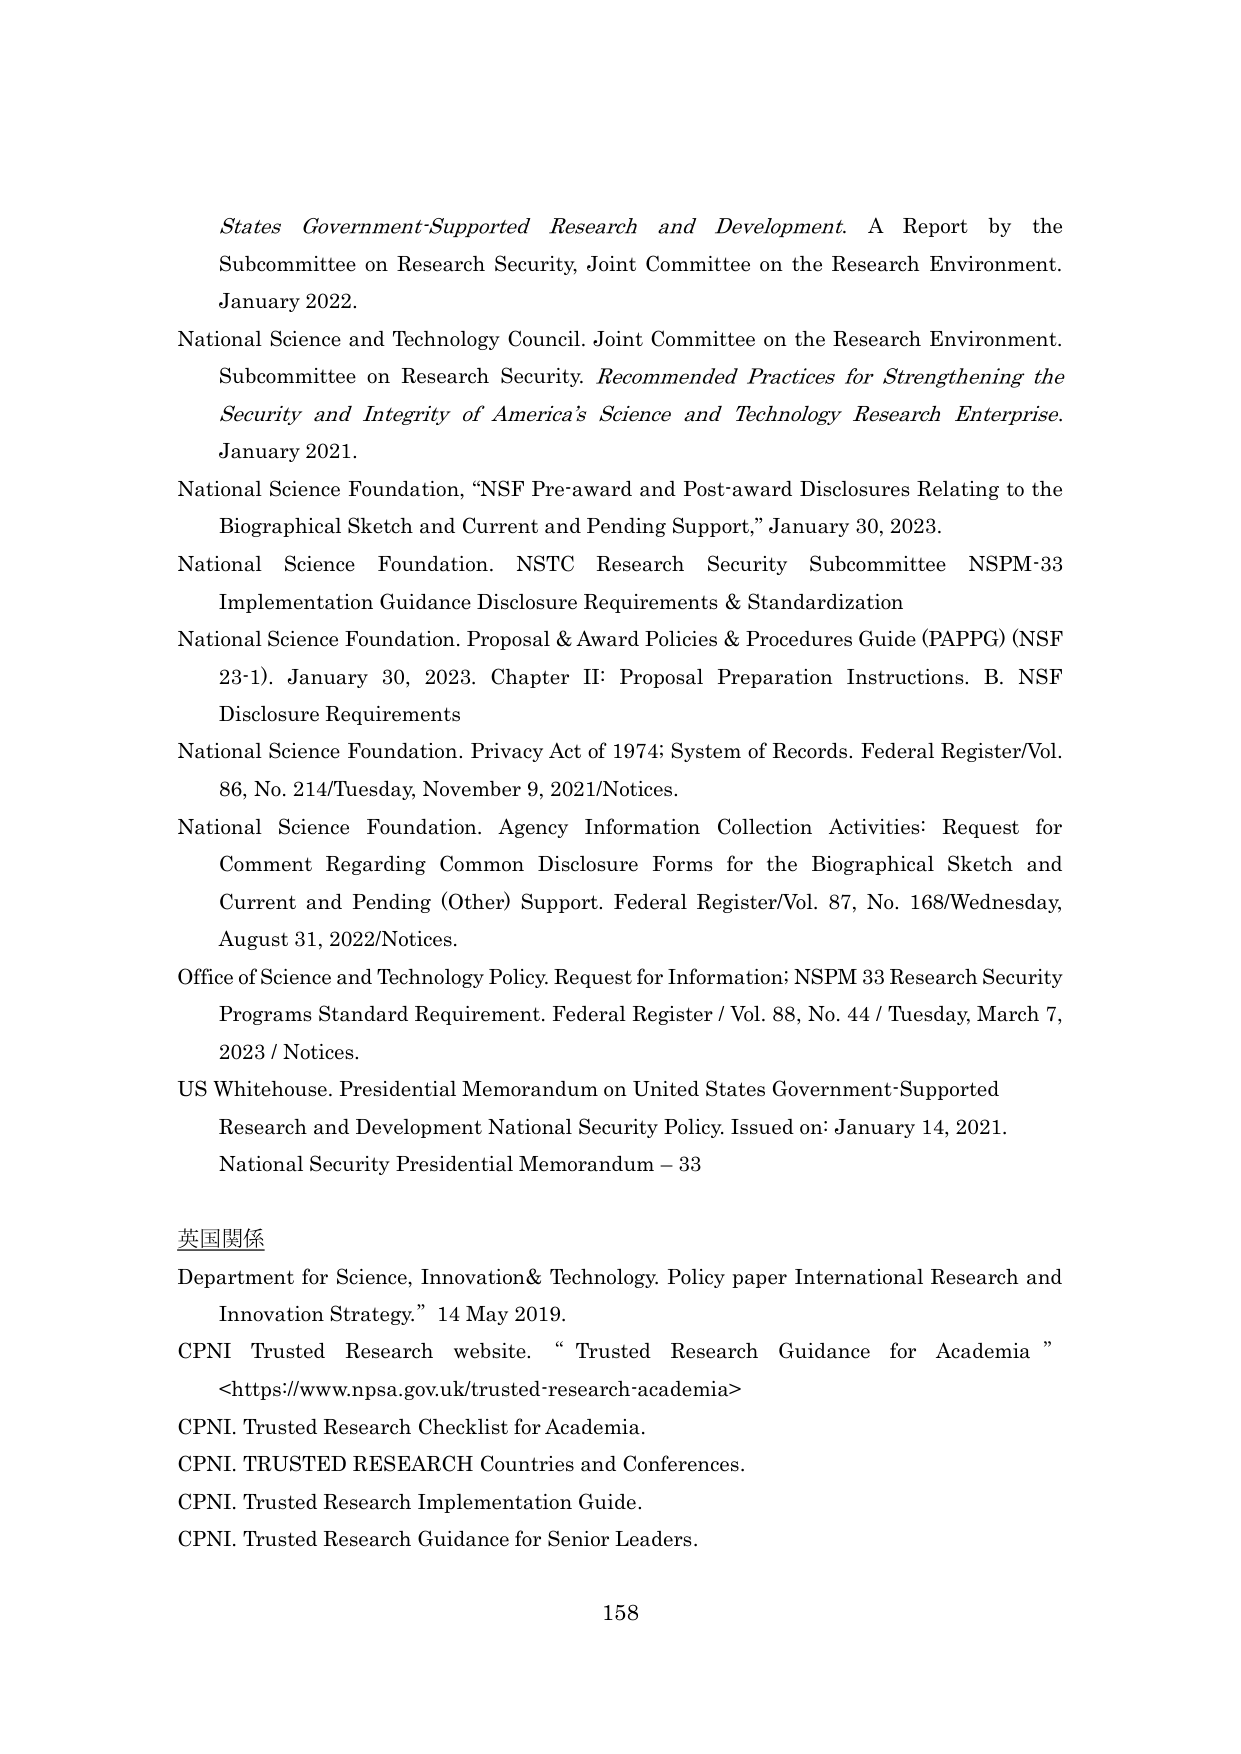
States Government-Supported Research and Development. A Report by the Subcommittee on Research Security, Joint Committee on the Research Environment. January 2022.

National Science and Technology Council. Joint Committee on the Research Environment. Subcommittee on Research Security. Recommended Practices for Strengthening the Security and Integrity of America’s Science and Technology Research Enterprise. January 2021.

National Science Foundation, “NSF Pre-award and Post-award Disclosures Relating to the Biographical Sketch and Current and Pending Support,” January 30, 2023.

National Science Foundation. NSTC Research Security Subcommittee NSPM-33 Implementation Guidance Disclosure Requirements & Standardization

National Science Foundation. Proposal & Award Policies & Procedures Guide (PAPPG) (NSF 23-1). January 30, 2023. Chapter II: Proposal Preparation Instructions. B. NSF Disclosure Requirements

National Science Foundation. Privacy Act of 1974; System of Records. Federal Register/Vol. 86, No. 214/Tuesday, November 9, 2021/Notices.

National Science Foundation. Agency Information Collection Activities: Request for Comment Regarding Common Disclosure Forms for the Biographical Sketch and Current and Pending (Other) Support. Federal Register/Vol. 87, No. 168/Wednesday, August 31, 2022/Notices.

Office of Science and Technology Policy. Request for Information: NSPM 33 Research Security Programs Standard Requirement. Federal Register / Vol. 88, No. 44 / Tuesday, March 7, 2023 / Notices.

US Whitehouse. Presidential Memorandum on United States Government-Supported Research and Development National Security Policy. Issued on: January 14, 2021. National Security Presidential Memorandum – 33

英国関係

Department for Science, Innovation& Technology. Policy paper International Research and Innovation Strategy.” 14 May 2019.

CPNI Trusted Research website. “ Trusted Research Guidance for Academia ” <https://www.npsa.gov.uk/trusted-research-academia>

CPNI. Trusted Research Checklist for Academia.

CPNI. TRUSTED RESEARCH Countries and Conferences.

CPNI. Trusted Research Implementation Guide.

CPNI. Trusted Research Guidance for Senior Leaders.

158